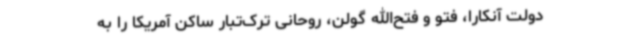
دولت آنکارا، فتو و فتح‌الله گولن، روحانی ترک‌تبار ساکن آمریکا را به